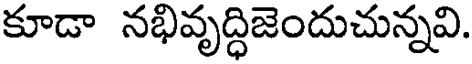
కూడా నభివృద్ధిజెందుచున్నవి.